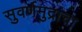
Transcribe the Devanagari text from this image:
सुवर्णमुद्रांचा